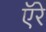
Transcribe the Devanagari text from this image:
ऍरे